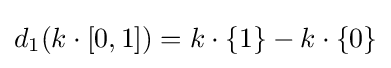
d_{1}(k\cdot [0,1])=k\cdot \{1\}-k\cdot \{0\}